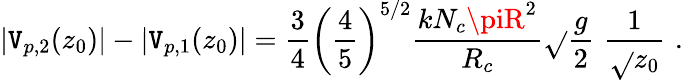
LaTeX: |\mathtt{V}_{p,2}(z_{0})|-|\mathtt{V}_{p,1}(z_{0})|=\frac{{3}}{{4}}\left(\frac{{4}}{{5}}\right)^{5/2}\frac{{kN_{c}\piR^{2}}}{{R_{c}}}\sqrt{}{{\frac{{g}}{{2}}}}\, \, \frac{{1}}{{\sqrt{}{{z_{0}}}}}\, \, .